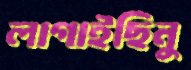
লাগাইছিনু